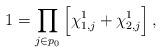
LaTeX: \begin{align*} 1 &= \prod_{j\in p_0}\Big[\chi_{1,j}^{1}+\chi_{2,j}^{1}\Big]\,,\end{align*}